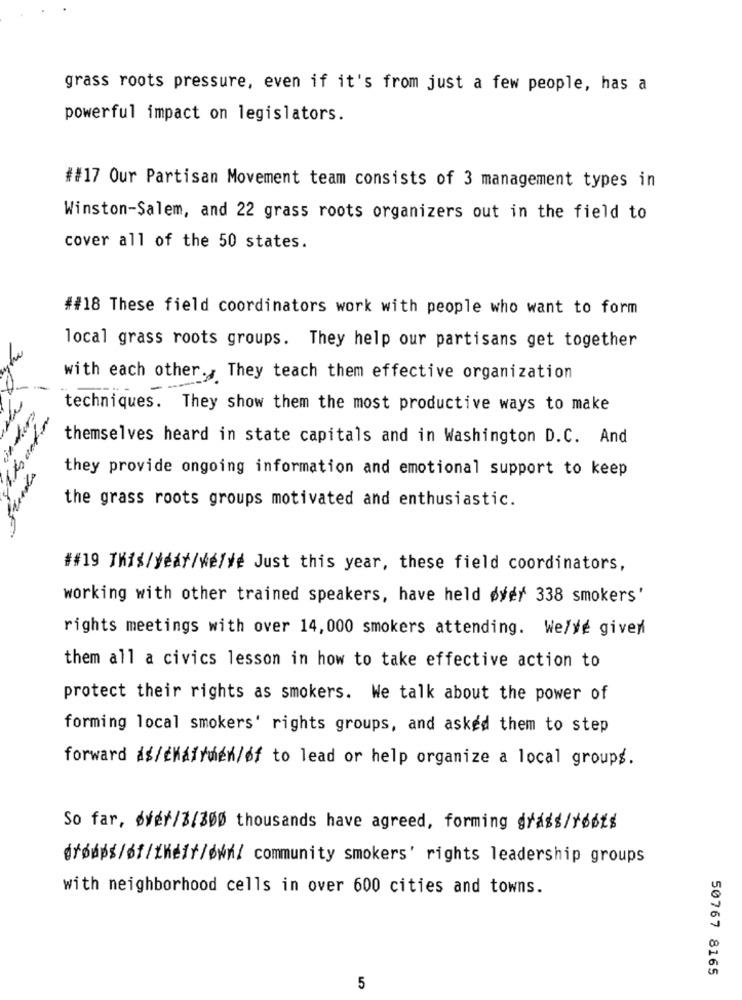
grass roots pressure, even if it's from just a few people, has a
powerful impact on legislators.
##17 Our Partisan Movement team consists of 3 management types in
Winston-Salem, and 22 grass roots organizers out in the field to
cover all of the 50 states.
##18 These field coordinators work with people who want to form
local grass roots groups. They help our partisans get together
with each other ., They teach them effective organization
techniques. They show them the most productive ways to make
themselves heard in state capitals and in Washington D.C. And
they provide ongoing information and emotional support to keep
the grass roots groups motivated and enthusiastic.
##19 This/year/we/ve Just this year, these field coordinators,
working with other trained speakers, have held øyer 338 smokers'
rights meetings with over 14, 000 smokers attending. We/ye given
them all a civics lesson in how to take effective action to
protect their rights as smokers. We talk about the power of
forming local smokers' rights groups, and asked them to step
forward as/cKafruen/of to lead or help organize a local groups.
So far, dyer/3/300 thousands have agreed, forming grass/f66ts
Śródpś/f/Kéif/ØK/ community smokers' rights leadership groups
with neighborhood cells in over 600 cities and towns.
50767 8165
5